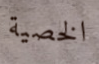
الخصية